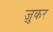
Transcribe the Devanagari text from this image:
ज़ुकर